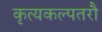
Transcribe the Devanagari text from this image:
कृत्यकल्पतरौ